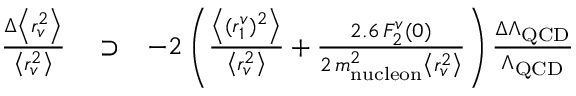
\begin{array} { r l r } { \! \! \! \! \! \frac { \Delta \left< r _ { v } ^ { 2 } \right> } { \left< r _ { v } ^ { 2 } \right> } } & { { } \supset } & { - 2 \left( \frac { \left< ( r _ { 1 } ^ { v } ) ^ { 2 } \right> } { \left< r _ { v } ^ { 2 } \right> } + \frac { 2 . 6 \, F _ { 2 } ^ { v } ( 0 ) } { 2 \, m _ { \mathrm { n u c l e o n } } ^ { 2 } \left< r _ { v } ^ { 2 } \right> } \right) \frac { \Delta \Lambda _ { \mathrm { Q C D } } } { \Lambda _ { \mathrm { Q C D } } } } \end{array}